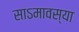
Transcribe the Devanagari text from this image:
साऽमावस्या